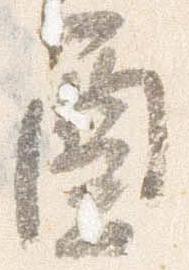
酉